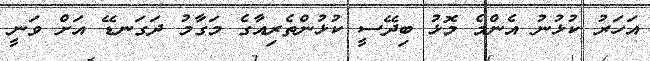
އަހަރު ކުޅުނު އެންމެ މޮޅު ބިދޭސީ ކުޅުންތެރިއާގެ މަގާމު ދަގަނޑޭ އަށް ވަނީ